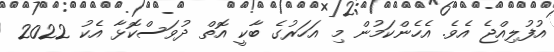
އުފުލިއްޖެ އެވެ. އެހެންކަމުން މި އަހަރުގެ ބާކީ އޮތް ދުވަސްކޮޅާ އެކު 2022